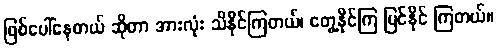
ဖြစ်ပေါ်နေတယ် ဆိုတာ အားလုံး သိနိုင်ကြတယ်၊ တွေ့နိုင်ကြ မြင်နိုင် ကြတယ်။